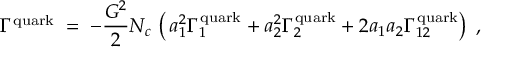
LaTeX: \Gamma ^ { \mathrm { q u a r k } } \; = \; - \frac { G ^ { 2 } } { 2 } N _ { c } \, \left( \, a _ { 1 } ^ { 2 } \Gamma _ { 1 } ^ { \mathrm { q u a r k } } + a _ { 2 } ^ { 2 } \Gamma _ { 2 } ^ { \mathrm { q u a r k } } + 2 a _ { 1 } a _ { 2 } \Gamma _ { 1 2 } ^ { \mathrm { q u a r k } } \right) \; ,